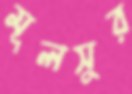
মূলসুর